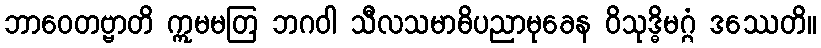
ဘာဝေတဗ္ဗာတိ ဣမမတြ ဘဂဝါ သီလသမာဓိပညာမုခေန ဝိသုဒ္ဓိမဂ္ဂံ ဒဿေတိ။